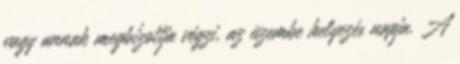
vagy annak megbízottja végzi, az üzembe helyezés napja. A